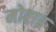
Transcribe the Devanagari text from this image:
मोराइ